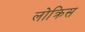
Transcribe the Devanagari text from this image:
लोक्रिस